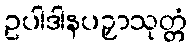
ဥပါဒါနပဉှာသုတ္တံ